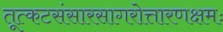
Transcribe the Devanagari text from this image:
तूत्कटसंसारसागरोत्तारणक्षमः